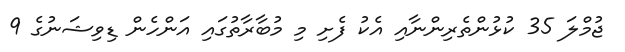
ޖުމްލަ 35 ކުޅުންތެރިންނާއި އެކު ފެށި މި މުބާރާތުގައި އަންހެން ޑިވިޝަނުގެ 9